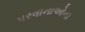
પરવાનાઓના